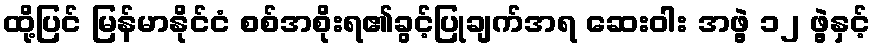
ထို့ပြင် မြန်မာနိုင်ငံ စစ်အစိုးရ၏ခွင့်ပြုချက်အရ ဆေးဝါး အဖွဲ့ ၁၂ ဖွဲ့နှင့်